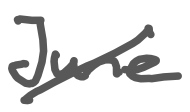
Text: June
Cross-out: diagonal
Writing tool: digital_gray